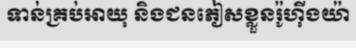
ទាន់គ្រប់អាយុ និងជនភៀសខ្លួនរ៉ូហ៊ីងយ៉ា